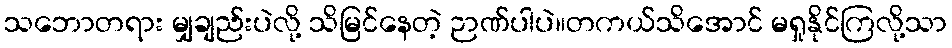
သဘောတရား မျှချည်းပဲလို့ သိမြင်နေတဲ့ ဉာဏ်ပါပဲ။တကယ်သိအောင် မရှုနိုင်ကြလို့သာ